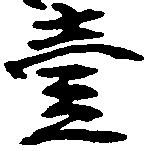
壱